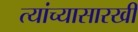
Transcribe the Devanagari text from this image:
त्यांच्यासारखी